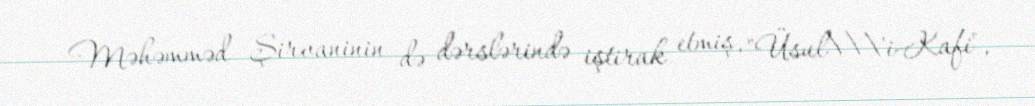
Məhəmməd Şirvaninin də dərslərində iştirak etmiş, "Üsul\\\'i-Kafi",